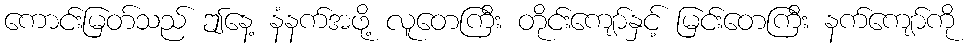
ကောင်းမြတ်သည် ဤနေ့ နံနက်အဖို့ လူတေကြီး တိုင်းကျော်နှင့် မြင်းတေကြီး နက်ကျော်ကို